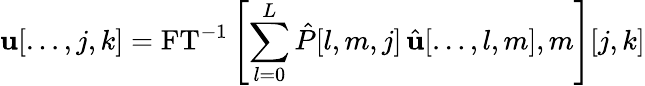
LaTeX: \mathbf{u}[\ldots,j,k]=\mathrm{{FT}}^{-1}\left[\sum_{l=0}^{L}\hat{{P}}[l,m,j]\, \hat{{\mathbf{u}}}[\ldots,l,m],m\right][j,k]